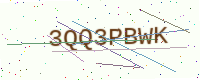
Text: 3QQ3PBWK